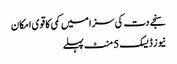
سنجے دت کی سزا میں کمی کا قوی امکان
نیوز ڈیسک 5 منٹ پہلے